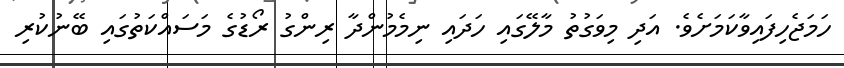
ހަމަޖެހިފައިވާކަމަށެވެ. އަދި މިވަގުތު މާލޭގައި ހަދައި ނިމެމުންދާ ރިންގު ރޯޑުގެ މަސައްކަތުގައި ބޭނުކުރި